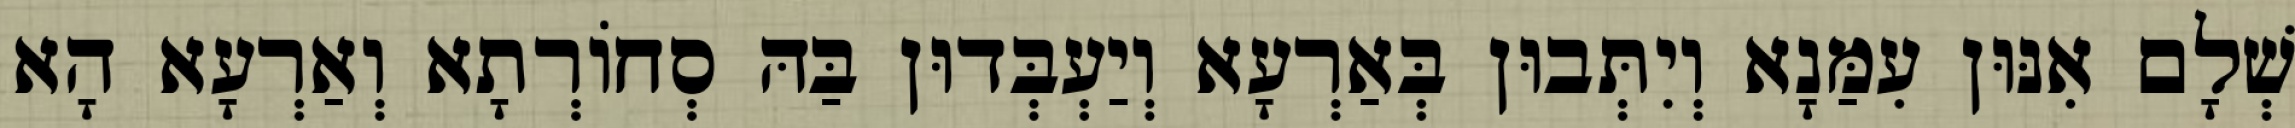
שְׁלָם אִנּוּן עִמַּנָא וְיִתְּבוּן בְּאַרְעָא וְיַעְבְּדוּן בַּהּ סְחוֹרְתָא וְאַרְעָא הָא